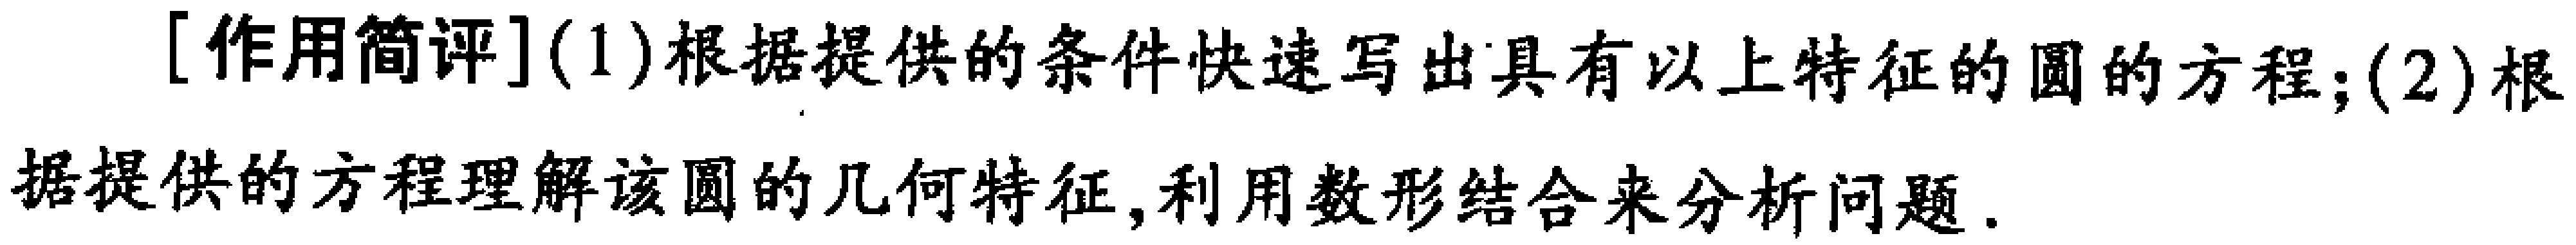
[作用简评](1)根据提供的条件快速写出具有以上特征的圆的方程；(2)根据提供的方程理解该圆的几何特征,利用数形结合来分析问题.